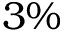
3 \%